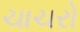
ચાચરો